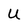
Character: U